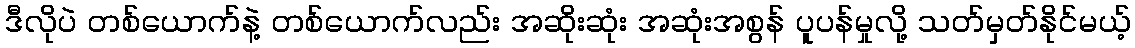
ဒီလိုပဲ တစ်ယောက်နဲ့ တစ်ယောက်လည်း အဆိုးဆုံး အဆုံးအစွန် ပူပန်မှုလို့ သတ်မှတ်နိုင်မယ့်